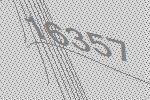
16357